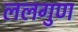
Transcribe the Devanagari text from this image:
ललगुण